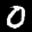
Label: 0